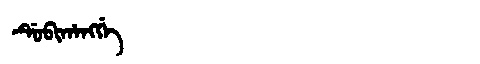
Manchu: ᡩᡠᠪᡳᡥᠠᠩᡤᡝ
Romanization: DUBIHANGGE